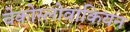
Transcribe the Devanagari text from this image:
चेकोस्लोवाकियन